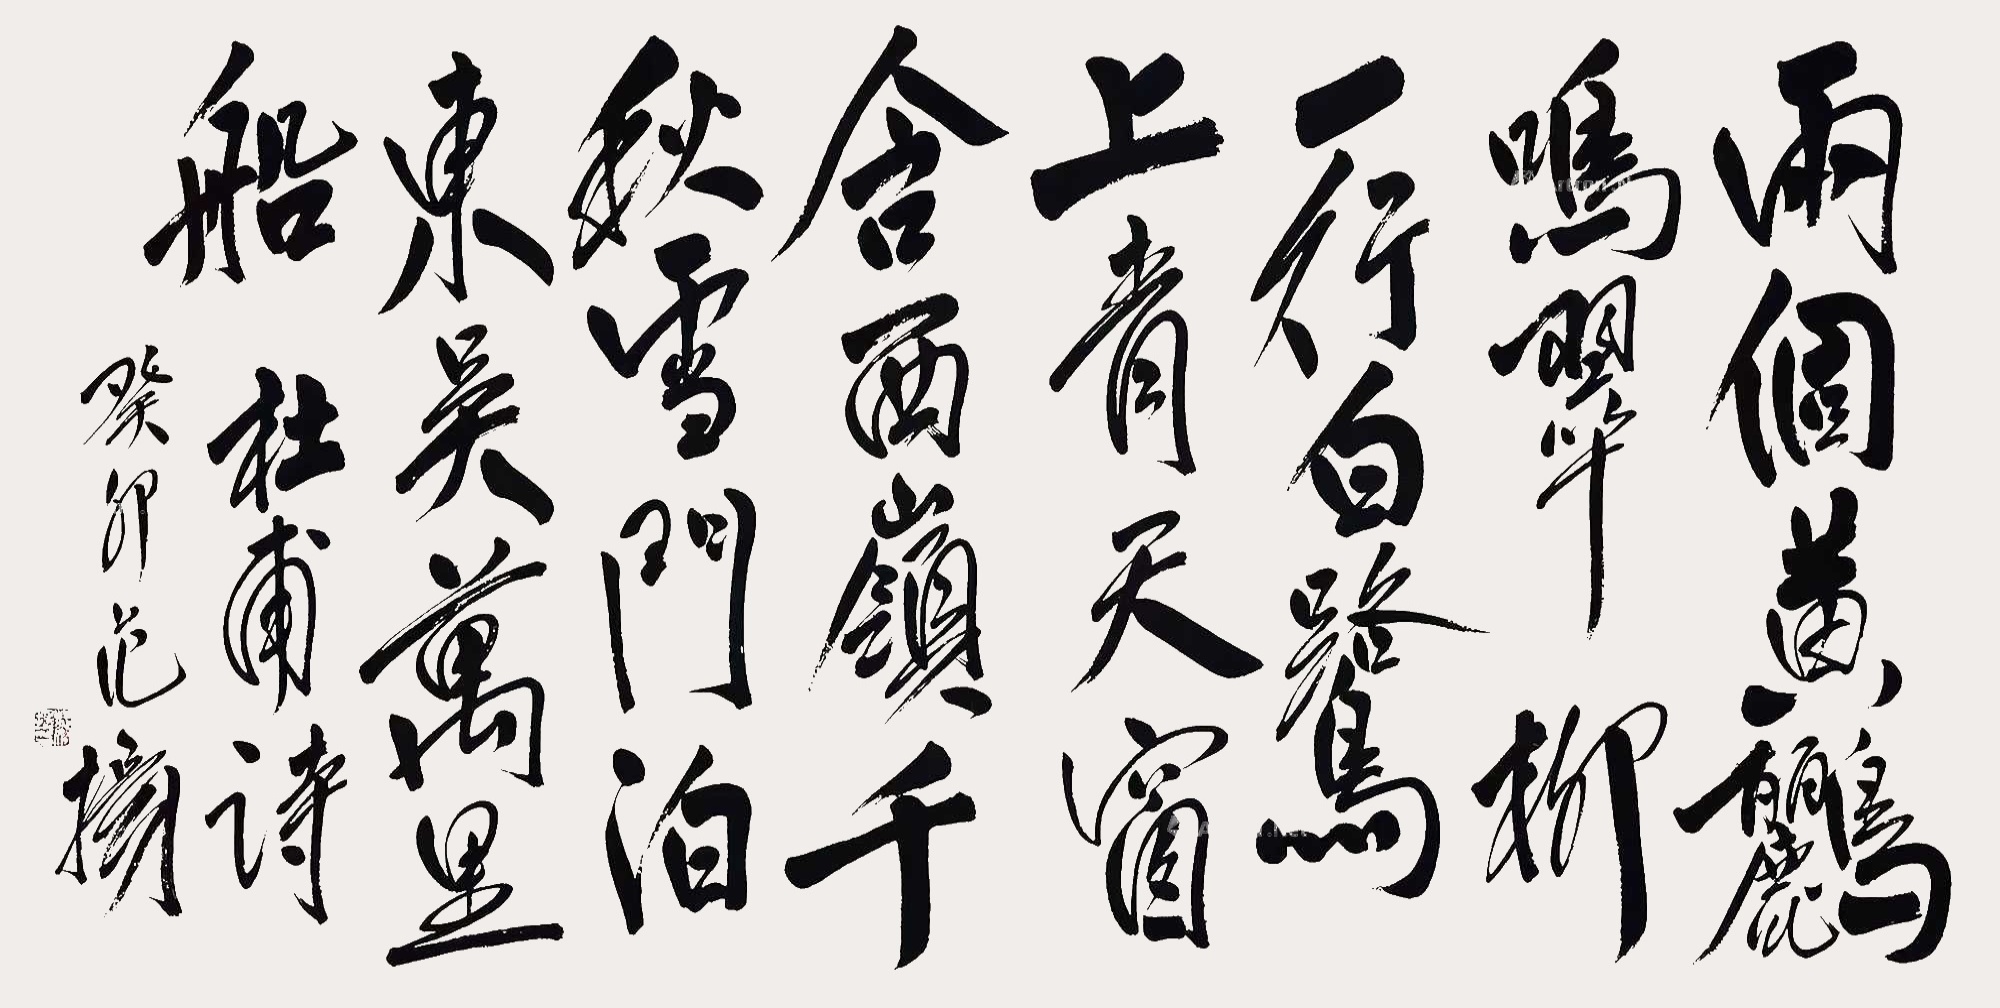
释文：两个黄鹂鸣翠柳，一行白鹭上青天。窗含西岭千秋雪，门泊东吴万里船。杜甫诗癸卯范扬